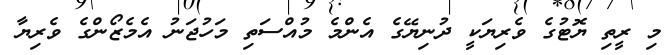
މި ރީތި ޔޮޓުގެ ވެރިޔަކީ ދުނިޔޭގެ އެންމެ މުއްސަތި މަހުޖަނު އެމެޒޯންގެ ވެރިޔާ